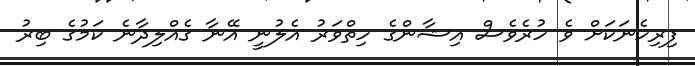
ފިރިހެނަކަށް ވެ ހުރެވެސް އިޝާންގެ ހިތްވަރު އެލުނީ އޭނާ ގެއްލިދާނެ ކަމުގެ ބިރު